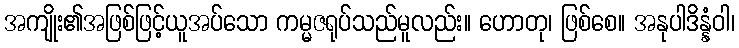
အကျိုး၏အဖြစ်ဖြင့်ယူအပ်သော ကမ္မဇရုပ်သည်မူလည်း။ ဟောတု၊ ဖြစ်စေ။ အနုပါဒိန္နံဝါ၊